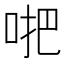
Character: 𠴙